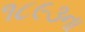
૧૮૯૩ના